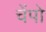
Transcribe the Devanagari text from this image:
चेंपो